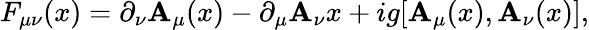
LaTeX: F_{\mu\nu}(x)=\partial_{\nu}\mathbf{A}_{\mu}(x)-\partial_{\mu}\mathbf{A}_{\nu}{x}+ig[\mathbf{A}_{\mu}(x),\mathbf{A}_{\nu}(x)],